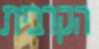
הקרבית